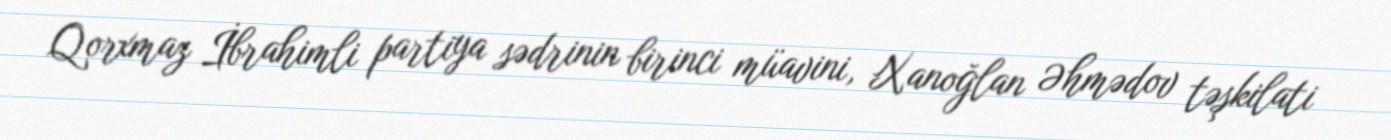
Qorxmaz İbrahimli partiya sədrinin birinci müavini, Xanoğlan Əhmədov təşkilati